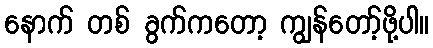
နောက် တစ် ခွက်ကတော့ ကျွန်တော့်ဖို့ပါ။